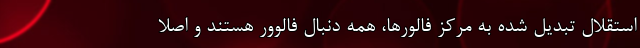
استقلال تبدیل شده به مرکز فالورها، همه دنبال فالوور هستند و اصلاً